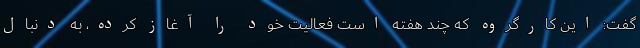
گفت: این کارگروه که چند هفته است فعالیت خود را آغاز کرده، به دنبال